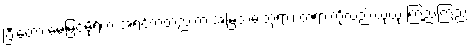
ပြီးတော့ မေမြင့်မိုရ်က အရင်ကတည်းက အမြဲတမ်းဘုရား၊ တရားကိုလည်းယုံယုံ ကြည်ကြည်